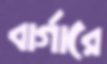
বার্গারে